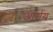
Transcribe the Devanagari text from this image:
आर्श्चय